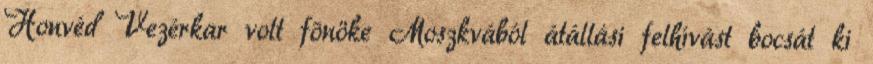
Honvéd Vezérkar volt fõnöke Moszkvából átállási felhívást bocsát ki